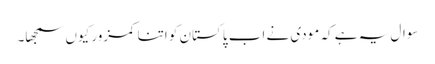
سوال یہ ہے کہ مودی نے اب پاکستان کو اتنا کمزور کیوں سمجھا۔